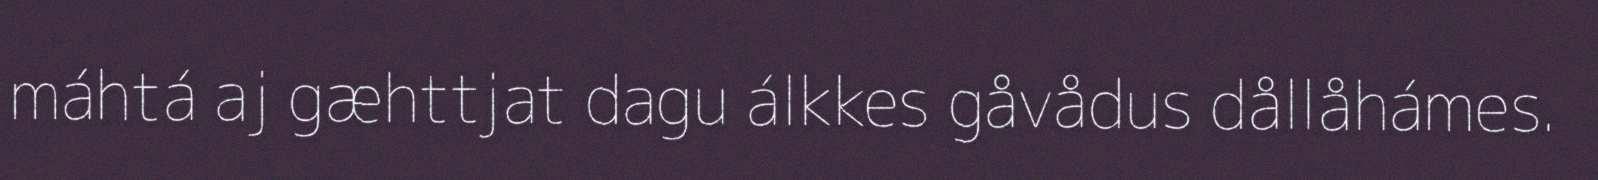
máhtá aj gæhttjat dagu álkkes gåvådus dållåhámes.